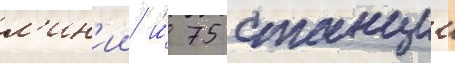
л'ин'ии и́ 75 станции